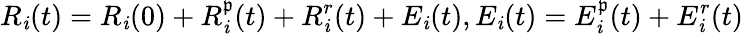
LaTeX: R_{\mathit{i}}(t)=R_{\mathit{i}}(0)+R_{\mathit{i}}^{\mathfrak{p}}(t)+R_{\mathit{i}}^{r}(t)+E_{\mathit{i}}(t),E_{\mathit{i}}(t)=E_{\mathit{i}}^{\mathfrak{p}}(t)+E_{\mathit{i}}^{r}(t)